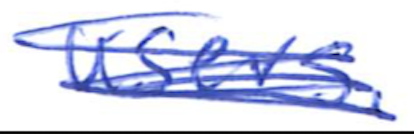
Text: users.
Cross-out: scratch
Writing tool: ballpoint